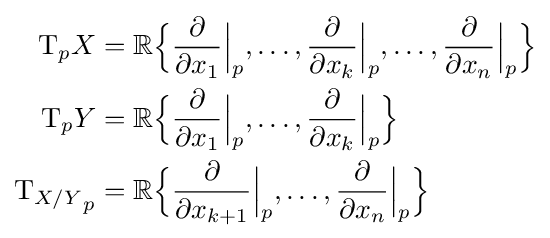
{\begin{aligned}\mathrm {T} _{p}X&=\mathbb {R} {\Big \lbrace }{\frac {\partial }{\partial x_{1}}}{\Big |}_{p},\dots ,{\frac {\partial }{\partial x_{k}}}{\Big |}_{p},\dots ,{\frac {\partial }{\partial x_{n}}}{\Big |}_{p}{\Big \rbrace }\\\mathrm {T} _{p}Y&=\mathbb {R} {\Big \lbrace }{\frac {\partial }{\partial x_{1}}}{\Big |}_{p},\dots ,{\frac {\partial }{\partial x_{k}}}{\Big |}_{p}{\Big \rbrace }\\{\mathrm {T} _{X/Y}}_{p}&=\mathbb {R} {\Big \lbrace }{\frac {\partial }{\partial x_{k+1}}}{\Big |}_{p},\dots ,{\frac {\partial }{\partial x_{n}}}{\Big |}_{p}{\Big \rbrace }\\\end{aligned}}